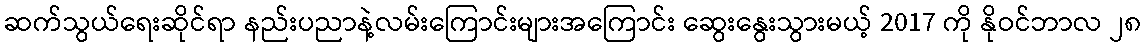
ဆက်သွယ်ရေးဆိုင်ရာ နည်းပညာနဲ့လမ်းကြောင်းများအကြောင်း ဆွေးနွေးသွားမယ့် 2017 ကို နိုဝင်ဘာလ ၂၈